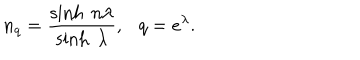
n _ { q } = \frac { \sinh ~ n \lambda } { \sinh ~ \lambda } , q = e ^ { \lambda } .